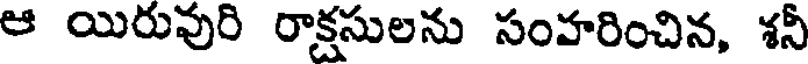
ఆ యిరువురి రాక్షసులను సంహరించిన, శనీ